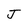
Character: J